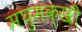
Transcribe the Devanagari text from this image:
मघुमक्खी